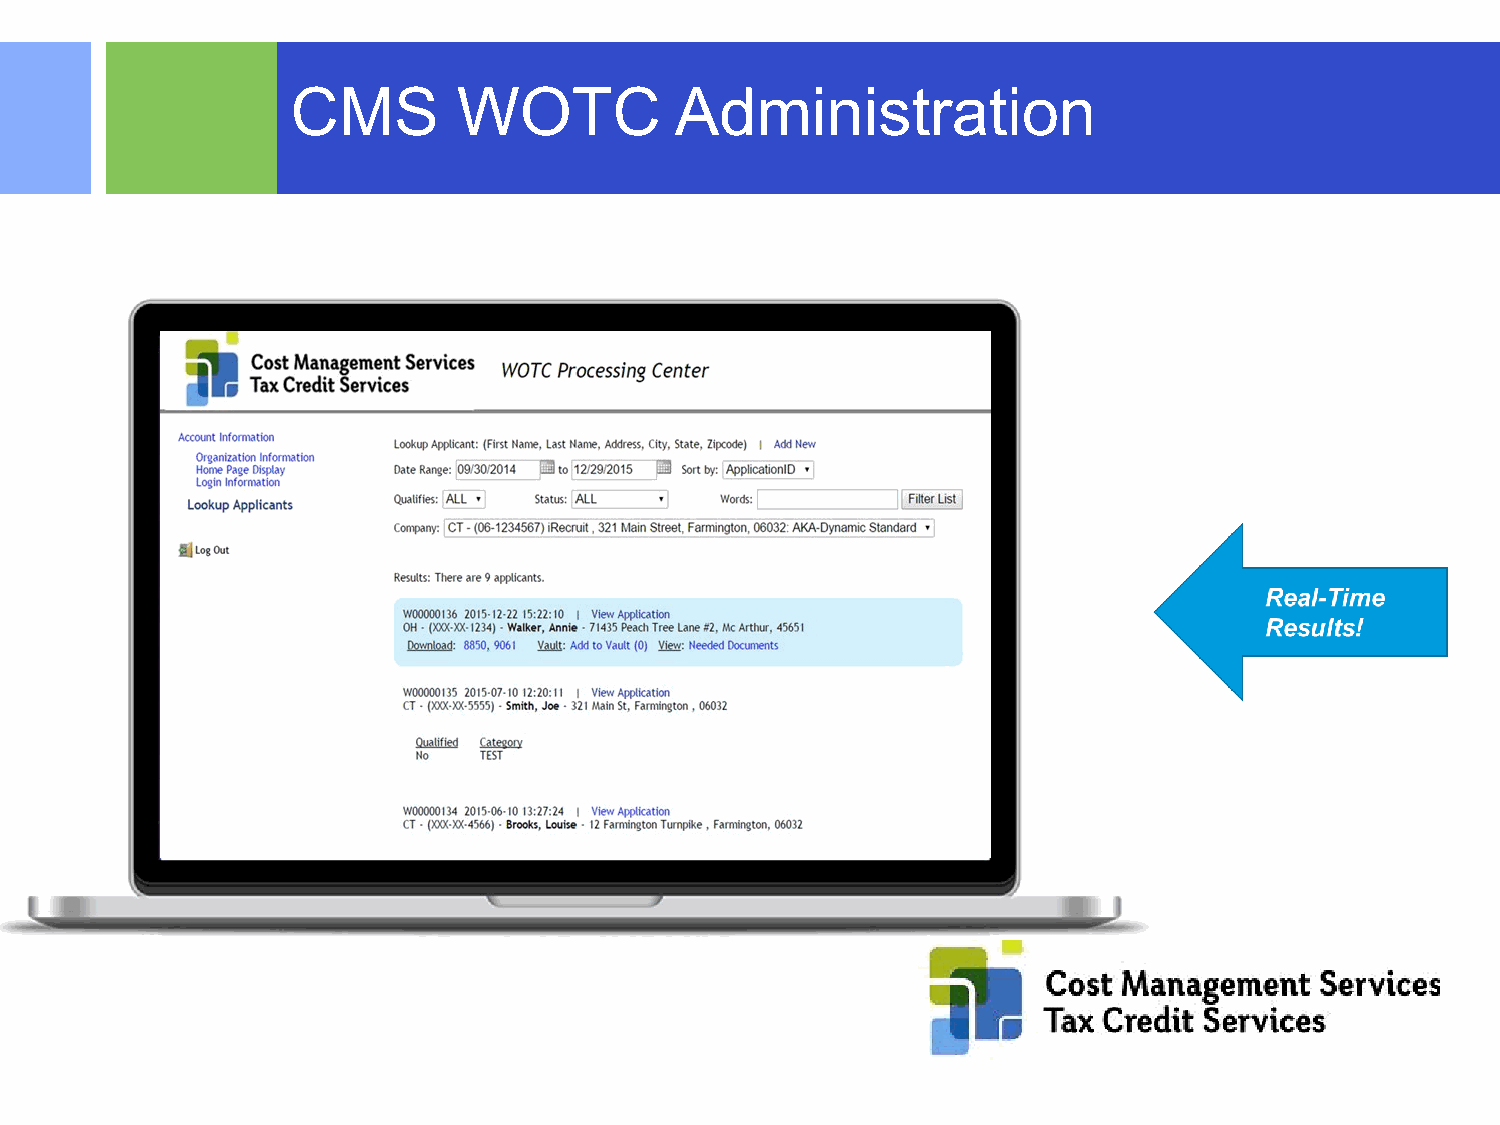
CMS        WOTC           Administration
 ©2015 RSM US LLP. All RightsReserved.